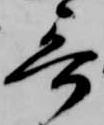
哥